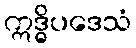
ဣဒ္ဓိပဒေသံ